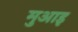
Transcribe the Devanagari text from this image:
मुआइ